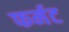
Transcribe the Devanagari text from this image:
फर्मट